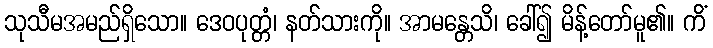
သုသီမအမည်ရှိသော။ ဒေဝပုတ္တံ၊ နတ်သားကို။ အာမန္တေသိ၊ ခေါ်၍ မိန့်တော်မူ၏။ ကိံ